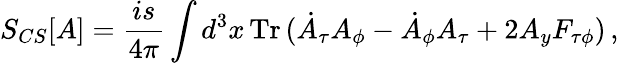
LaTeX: S_{CS}[A]=\frac{is}{4\pi}\int d^{3}x\, {\mathrm{Tr}}\, (\dot{A}_{\tau}A_{\phi}-\dot{A}_{\phi}A_{\tau}+2A_{y}F_{\tau\phi})\, ,